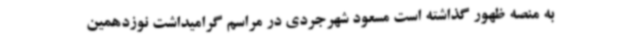
به منصه ظهور گذاشته است مسعود شهرجردی در مراسم گرامیداشت نوزدهمین